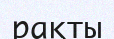
рақты